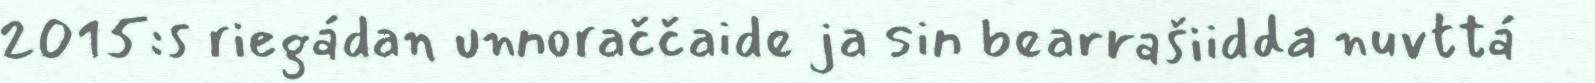
2015:s riegádan unnoraččaide ja sin bearrašiidda nuvttá